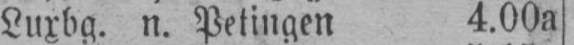
Luxbg. n. Petingen 4.00a